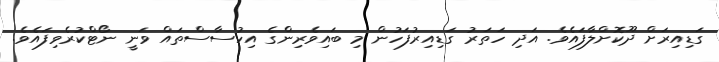
ގަޑިއިރަށް ދޫކޮށްލާފައެވެ. އަދި ހަތަރު ގަޑިއިރުފަހުން މި ބައިވެރިންގެ އިހުސާސްތައް ވަނީ ނޯޓްކުރެވިފައެވެ.